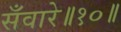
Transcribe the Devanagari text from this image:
सँवारे॥१०॥